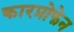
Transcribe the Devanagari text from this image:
कारप्रोफेन